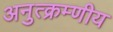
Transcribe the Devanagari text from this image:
अनुत्क्रम्णीय